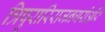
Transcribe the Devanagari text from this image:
त्रिपुरारिराजनगरीऔर